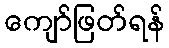
ကျော်ဖြတ်ရန်